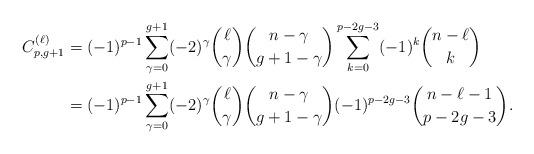
LaTeX: \begin{align*}C_{p,g+1}^{(\ell)}&= (-1)^{p-1}\sum_{\gamma=0}^{g+1} (-2)^{\gamma} \binom{\ell}{\gamma}\binom{n-\gamma}{g+1-\gamma}\sum_{k=0}^{p-2g-3} (-1)^{k}\binom{n-\ell}{k}\\&= (-1)^{p-1}\sum_{\gamma=0}^{g+1} (-2)^{\gamma} \binom{\ell}{\gamma}\binom{n-\gamma}{g+1-\gamma}(-1)^{p-2g-3}\binom{n-\ell-1}{p-2g-3}.\end{align*}